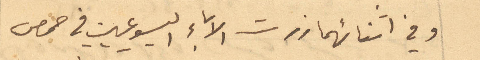
وفي اثنائهما زرت الاباء اليسوعيين في حمص